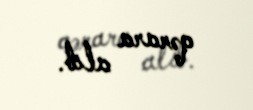
qərara alıb.